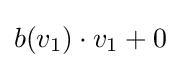
b(v_{1})\cdot v_{1}+0